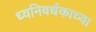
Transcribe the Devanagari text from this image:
ध्वनिवर्धकाच्या